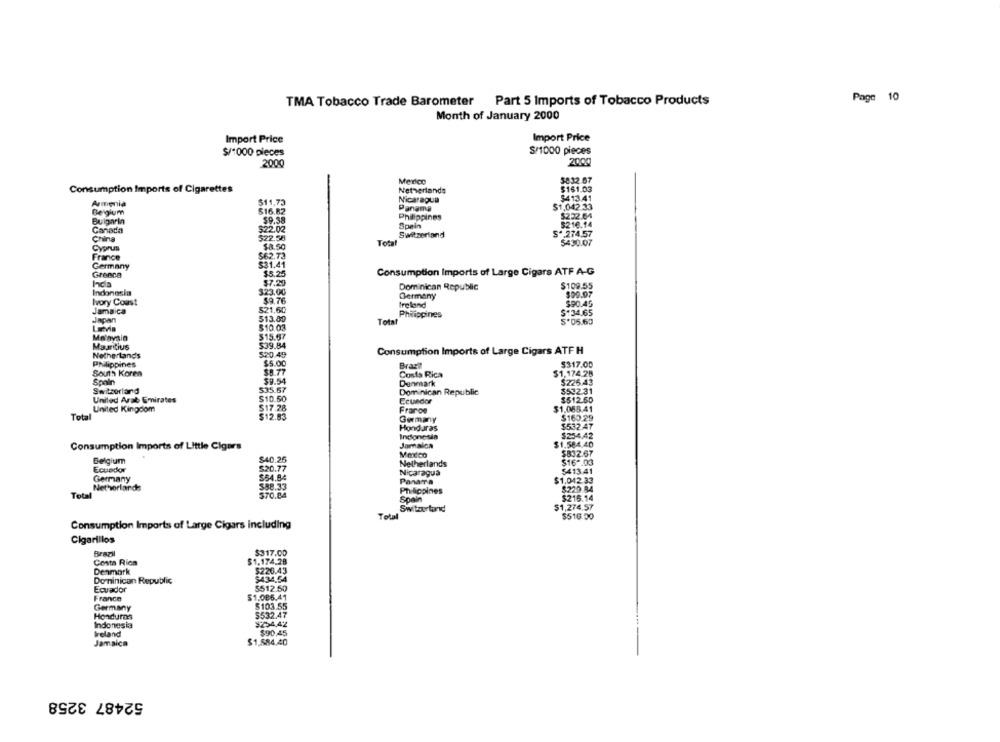
Page 10
TMA Tobacco Trade Barometer Part 5 Imports of Tobacco Products
Month of January 2000
Import Price
Import Price
$/1000 pieces
S/1000 pieces
2000
2000
Merico
5832.67
Consumption Imports of Cigarettes
Netherlands
$161.03
Nicaragua
$413.41
Armenia
$11,73
Panama
$1,042.33
Belgium
$16.82
Philippines
$232.64
Bulgaria
$9.38
$216.14
Canada
$22.02
Spain
China
522.58
Switzerland
S".274,57
Total
$430.07
Cyprus
$8.50
France
$62.73
Germany
$31.41
Greece
$5.25
Consumption Imports of Large Cigars ATF A-G
Incia
$7.29
Dominican Republic
$109.55
Indonesia
$23.00
Germany
$00.07
Ivory Coast
$9.76
Ireland
Jamaica
521,60
$134.65
Japan
513.80
Total
Philippines
Lavia
$10.03
5.05.60
Mo'avsin
$15.67
Mauritius
$39.84
Netherlands
520.49
Consumption Imports of Large Cigars ATF H
Philippines
$5.00
Brast
$317.00
South Koren
$8.77
$1,174.28
Costa Rica
Spain
$9.54
Denmark
$225.43
Switzerland
$35.67
Dominican Republic
$532.31
United Arab Emirates
$10.50
Ecuador
$512.50
United Kingdom
$17 .28
Fraros
$1.065.41
Total
$12.83
$163.29
Germany
$532.47
Honduras
Indonesia
$254.42
Consumption Imports of Little Cigars
Jamaica
$1.584.40
$832.67
Belgium
$40.25
Mexico
$16 *. 03
$20.77
Netherlands
Ecuedkx
Nicaragua
5413.41
Germany
$54.84
PanaTa
$1,042.33
Netherlands
$88.33
Philippines
$229.84
Total
570.84
$216.14
Spain
Switoutand
$1,274.57
Total
$516.00
Consumption Imports of Large Cigars including
Cigarillos
Brazil
$317.00
Costa Rica
$1.174.28
Denmark
$226.43
$434.54
Dominican Republic
5512.50
Ecuador
France
51.086.41
Germany
$103.55
Honduras
$532.47
Indonesia
$254,42
Ireland
$90,45
Jamaica
$1,584.40
52487 3258